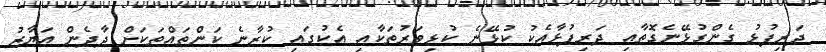
ދަރިފުޅު ގެންގުޅޭނެގޮތާއި ދަރިފުޅާއެކު ކުޅޭނެ ކުޅިވަރުތަކާއި އެކުގައި ކުރާނެ ކަންތައްތަކަށް ދާދެން އަޔާޒު